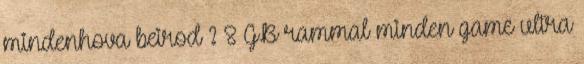
mindenhova beirod ? 8 GB rammal minden game ultra